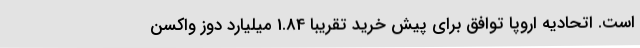
است. اتحادیه اروپا توافق برای پیش خرید تقریبا 1.84 میلیارد دوز واکسن